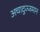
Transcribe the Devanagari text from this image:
अचादुज्जमान